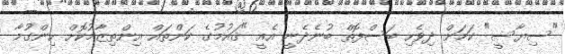
"ސިޔާސީ" ކަމަށް ދިވެހި ބަސްފޮތް ބުނެދެނީ އެއީ "ޤައުމުގެ ކަންތައް އިންތިޒާމުކޮށް ހިންގުމާ